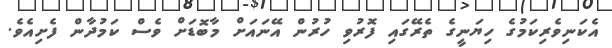
އެކަނިވެރިކަމުގެ ހިޔަނީގެ ތެރޭގައި ފޮރުވި ހުރުން އޭނައަށް މާބޮޑަށް ވެސް ކަމުދާން ފެށިއެވެ.